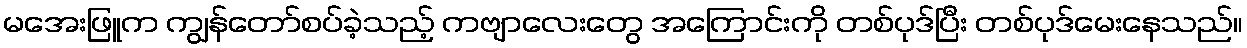
မအေးဖြူက ကျွန်တော်စပ်ခဲ့သည့် ကဗျာလေးတွေ အကြောင်းကို တစ်ပုဒ်ပြီး တစ်ပုဒ်မေးနေသည်။